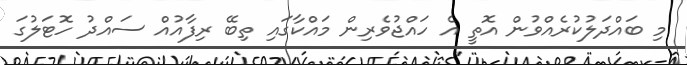
މި ބައްދަލުކުރެއްވުން އޮތީ އެ ހައްޖުވެރިން މައްކާގައި ތިބޭ ރިފާއުއް ސައްދު ހޮޓަލުގަ